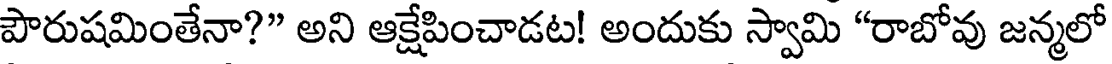
పౌరుషమింతేనా?" అని ఆక్షేపించాడట! అందుకు స్వామి "రాబోవు జన్మలో